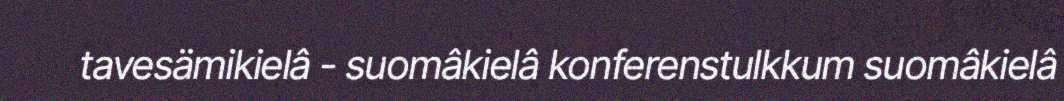
tavesämikielâ - suomâkielâ konferenstulkkum suomâkielâ